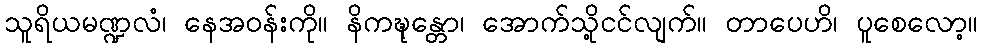
သူရိယမဏ္ဍလံ၊ နေအဝန်းကို။ နိကဍ္ဎုန္တော၊ အောက်သို့ငင်လျက်။ တာပေဟိ၊ ပူစေလော့။